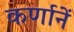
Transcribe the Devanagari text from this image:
कर्णानें